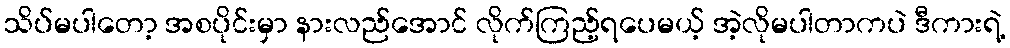
သိပ်မပါတော့ အစပိုင်းမှာ နားလည်အောင် လိုက်ကြည့်ရပေမယ့် အဲ့လိုမပါတာကပဲ ဒီကားရဲ့